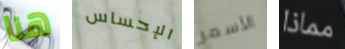
هنا الإحساس الأسمر مماذا